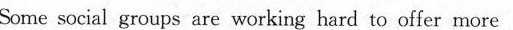
Some social groups are working hard to offer more